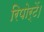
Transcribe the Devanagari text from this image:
रिपोर्टें।